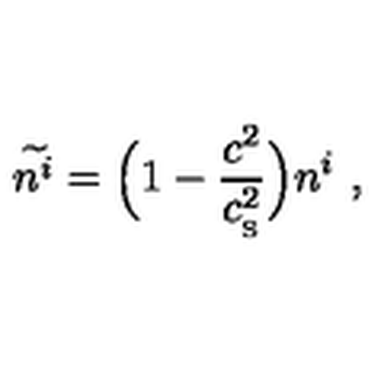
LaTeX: \widetilde { n ^ { i } } = \Big ( 1 - { \frac { c ^ { 2 } } { c _ { _ \mathrm { S } } ^ { 2 } } } \Big ) n ^ { i } \ ,